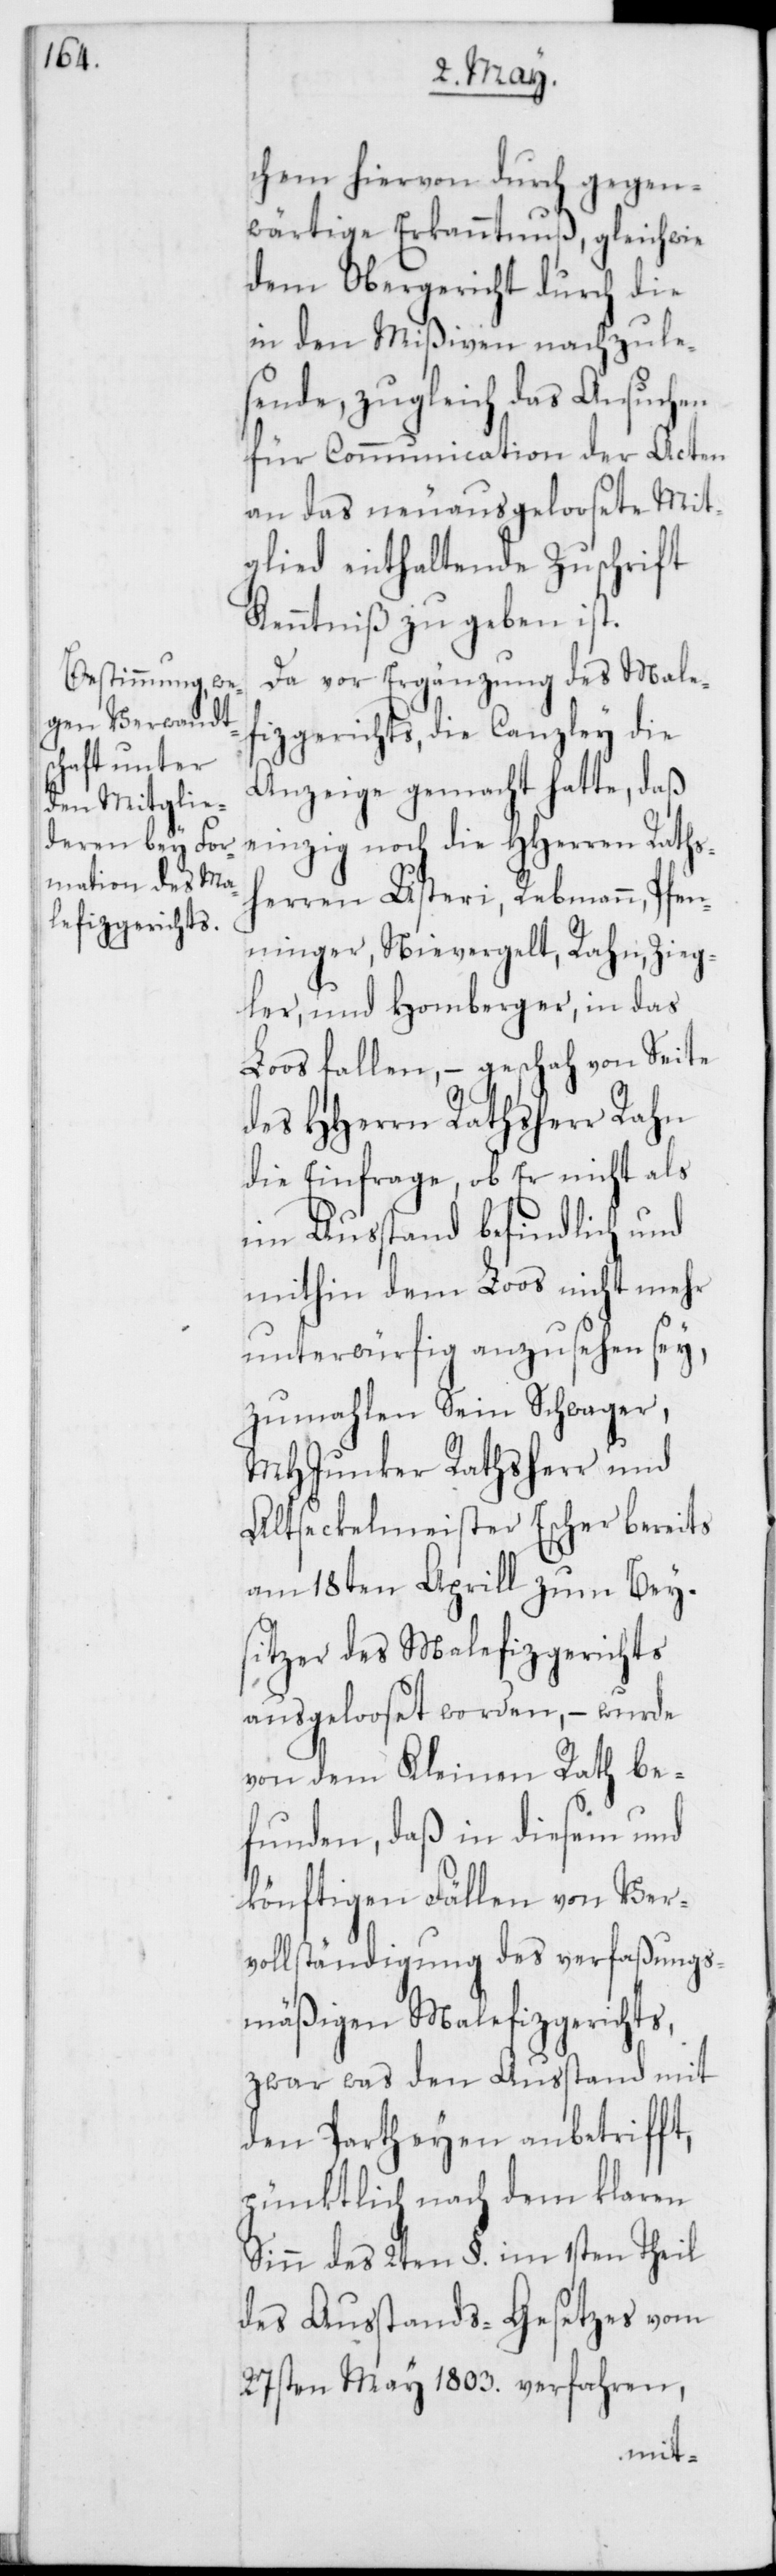
chem hievon durch gegen¬
wärtige Erkanntnuß, gleichwie
dem Obergericht durch die
in den Mißiven nachzule¬
sende, zugleich das Ansuchen
für Communication der Acten
an das neuausgeloosete Mit¬
glied enthaltende Zuschrift
Kenntniß zu geben ist.
Da vor Ergänzung des Male¬
fizgerichts, die Canzley die
Anzeige gemacht hatte, daß
einzig noch die HHerren Raths¬
herren Usteri, Rebmann, Pfen¬
ninger, Nievergelt, Rahn, Zieg¬
ler und Homberger, in das
Loos fallen, – geschah von Seite
des HHerrn Rathsherr Rahn
die Einfrage, ob Er nicht als
im Ausstand befindlich und
mithin dem Loos nicht mehr
unterwürfig anzusehen sey,
zumahlen Sein Schwager,
MHJunker Rathsherr und
Altseckelmeister Escher bereits
am 18ten Aprill zum Bey¬
sitzer des Malefizgerichts
ausgelooset worden, – wurde
von dem Kleinen Rath be¬
funden, daß in diesem und
könftigen Fällen von Ver¬
vollständigung des verfaßungs¬
mäßigen Malefizgerichts,
zwar was den Ausstand mit
den Partheyen anbetrifft,
pünktlich nach dem klaren
Sinn des 2ten §. im 1sten Theil
des Ausstands-Gesetzes vom
27sten May 1803. verfahren,